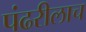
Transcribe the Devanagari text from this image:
पंढरीलाच